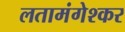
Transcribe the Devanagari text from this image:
लतामंगेश्कर